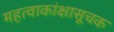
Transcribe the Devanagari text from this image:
महत्वाकांक्षासूचक